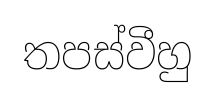
තපස්වීහු